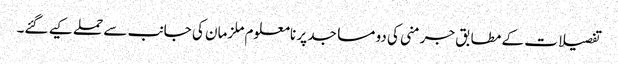
تفصیلات کے مطابق جرمنی کی دو مساجد پر نامعلوم ملزمان کی جانب سے حملے کیے گئے۔